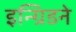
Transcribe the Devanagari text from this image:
इन्ग्रिडने